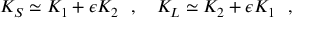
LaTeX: K _ { S } \simeq K _ { 1 } + \epsilon K _ { 2 } ~ ~ , ~ ~ ~ K _ { L } \simeq K _ { 2 } + \epsilon K _ { 1 } ~ ~ , ~ ~ ~